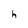
Character: h